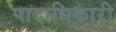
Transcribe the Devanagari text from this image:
पादाधिकारी